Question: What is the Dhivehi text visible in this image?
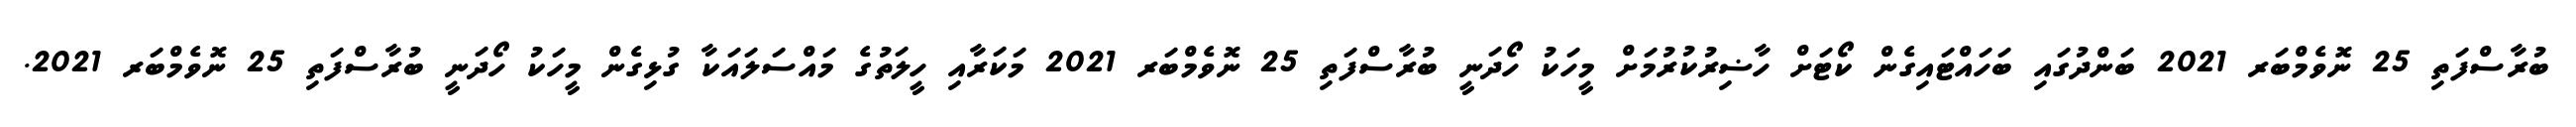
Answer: ބުރާސްފަތި 25 ނޮވެމްބަރ 2021 ބަންދުގައި ބަހައްޓައިގެން ކޯޓަށް ހާޟިރުކުރުމަށް މީހަކު ހޯދަނީ ބުރާސްފަތި 25 ނޮވެމްބަރ 2021 މަކަރާއި ހީލަތުގެ މައްސަލައަކާ ގުޅިގެން މީހަކު ހޯދަނީ ބުރާސްފަތި 25 ނޮވެމްބަރ 2021.